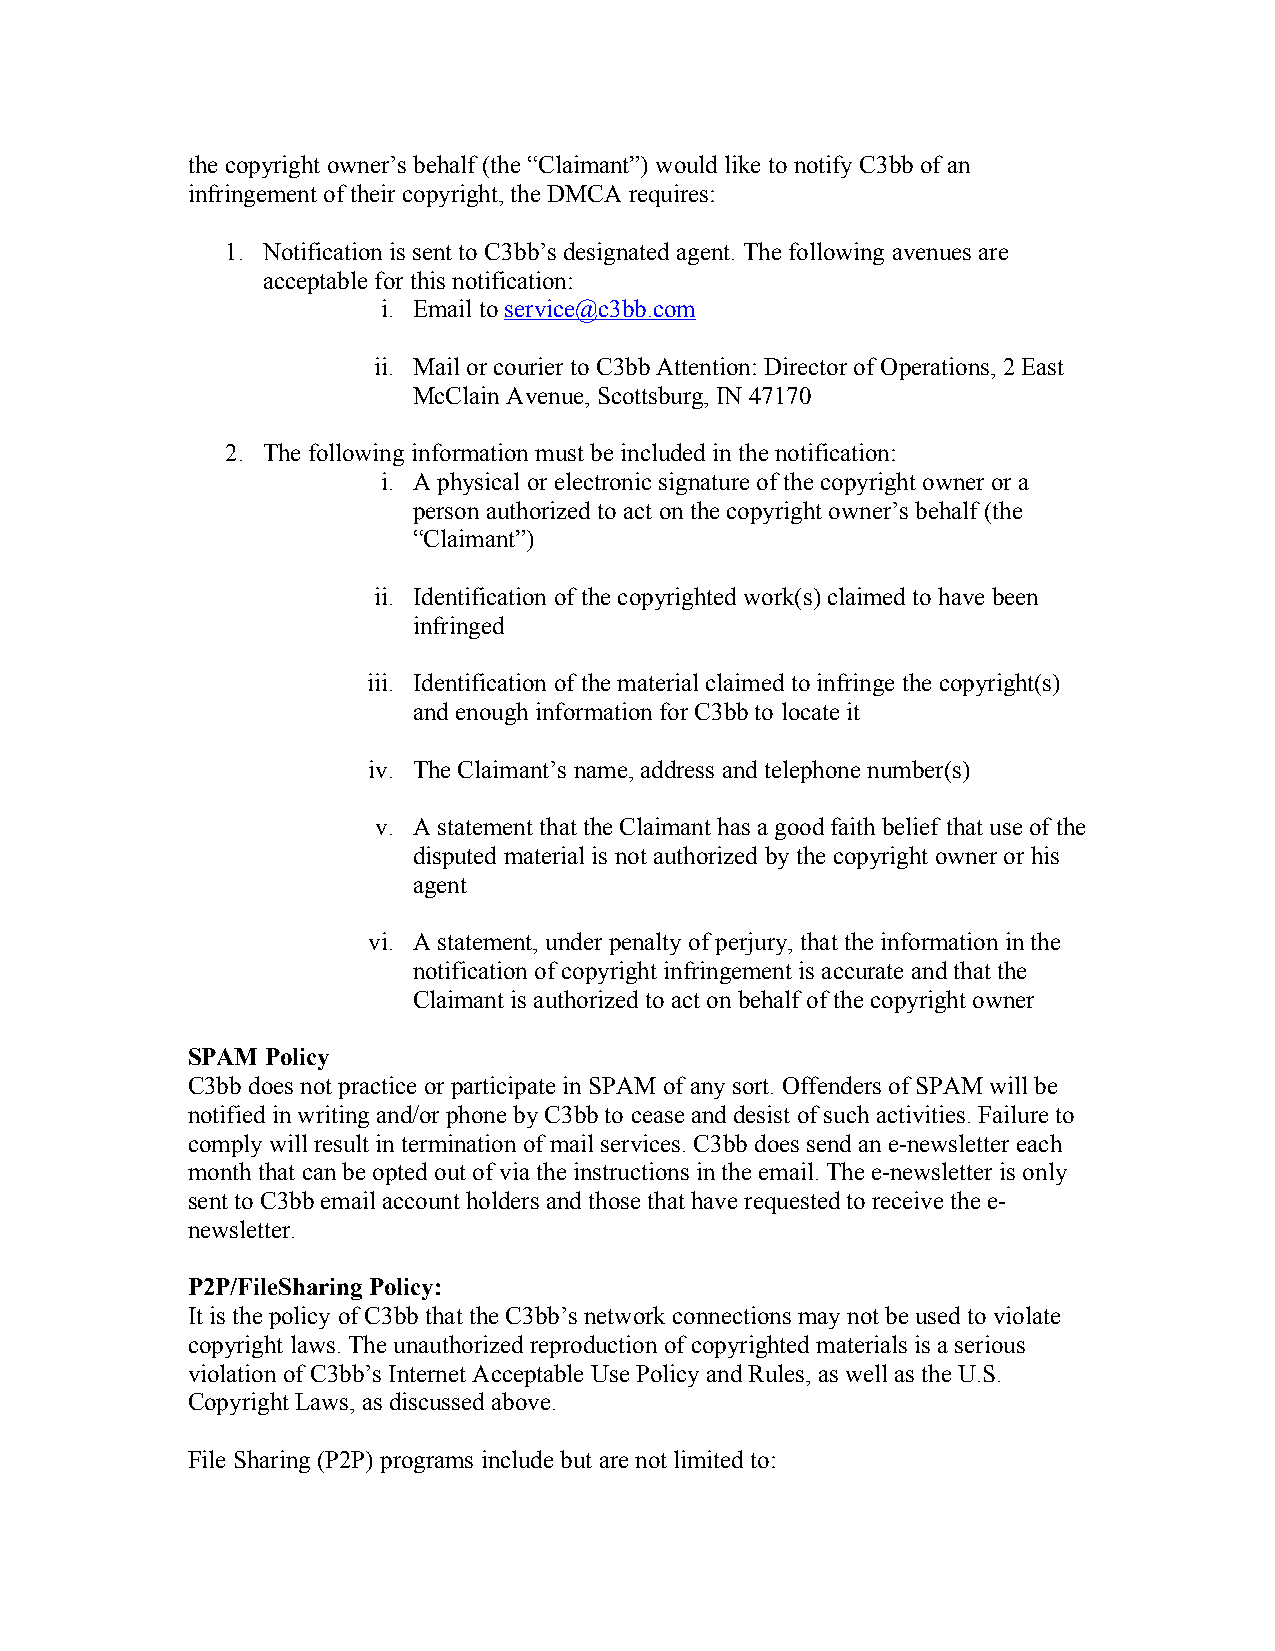
the copyright owner’s behalf (the “Claimant”) would like to notify C3bb of an
 infringement of their copyright, the DMCA requires:
 1. Notification is sent to C3bb’s designated agent. The following avenues are
 acceptable for this notification:
 i. Email to service@c3bb.com
 ii. Mail or courier to C3bb Attention: Director of Operations, 2 East
 McClain Avenue, Scottsburg, IN 47170
 2. The following information must be included in the notification:
 i. A physical or electronic signature of the copyright owner or a
 person authorized to act on the copyright owner’s behalf (the
 “Claimant”)
 ii. Identification of the copyrighted work(s) claimed to have been
 infringed
 iii. Identification of the material claimed to infringe the copyright(s)
 and enough information for C3bb to locate it
 iv. The Claimant’s name, address and telephone number(s)
 v. A statement that the Claimant has a good faith belief that use of the
 disputed material is not authorized by the copyright owner or his
 agent
 vi. A statement, under penalty of perjury, that the information in the
 notification of copyright infringement is accurate and that the
 Claimant is authorized to act on behalf of the copyright owner
 SPAM  Policy
 C3bb does not practice or participate in SPAM of any sort. Offenders of SPAM will be
 notified in writing and/or phone by C3bb to cease and desist of such activities. Failure to
 comply will result in termination of mail services. C3bb does send an e-newsletter each
 month that can be opted out of via the instructions in the email. The e-newsletter is only
 sent to C3bb email account holders and those that have requested to receive the e-
 newsletter.
 P2P/FileSharing Policy:
 It is the policy of C3bb that the C3bb’s network connections may not be used to violate
 copyright laws. The unauthorized reproduction of copyrighted materials is a serious
 violation of C3bb’s Internet Acceptable Use Policy and Rules, as well as the U.S.
 Copyright Laws, as discussed above.
 File Sharing (P2P) programs include but are not limited to: